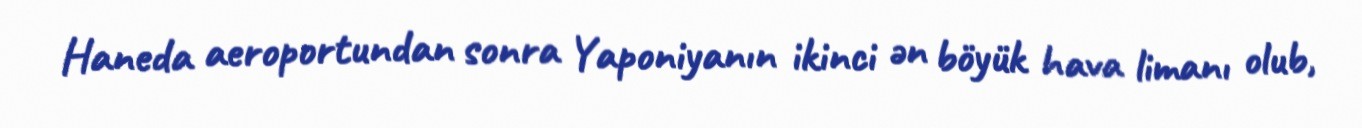
Haneda aeroportundan sonra Yaponiyanın ikinci ən böyük hava limanı olub,